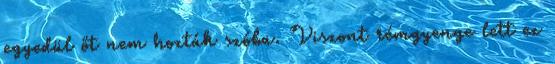
egyedül őt nem hozták szóba. Viszont rémgyenge lett ez